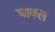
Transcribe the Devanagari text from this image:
घावलं